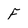
Character: F